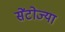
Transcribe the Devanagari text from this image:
सेंटोज्या